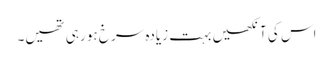
اس کی آنکھیں بہت زیادہ سرخ ہو رہی تھیں۔